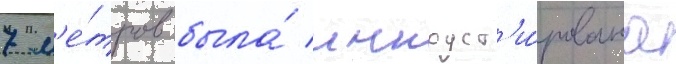
7 м'е́тров была́ инкруст'и́рована